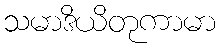
သမာဒိယိတုကာမာ